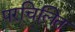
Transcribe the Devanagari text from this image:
परचिलित